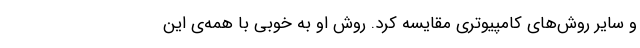
و سایر روش‌های کامپیوتری مقایسه کرد. روش او به خوبی با همه‌ی این